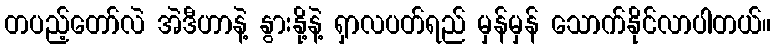
တပည့်တော်လဲ အဲဒီဟာနဲ့ နွားနို့နဲ့ ရှာလပတ်ရည် မှန်မှန် သောက်နိုင်လာပါတယ်။